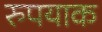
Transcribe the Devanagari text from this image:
रुपयाक